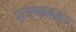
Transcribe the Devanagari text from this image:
प्रोग्राम्मस